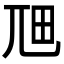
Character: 𭕎